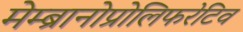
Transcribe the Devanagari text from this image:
मेम्ब्रानोप्रोलिफरेटिव